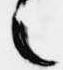
之